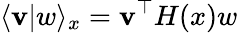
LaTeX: \langle\mathbf{v}|w\rangle_{x}=\mathbf{v}^{\top}H(x)w